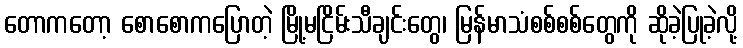
တောကတော့ စောစောကပြောတဲ့ မြို့မငြိမ်းသီချင်းတွေ၊ မြန်မာသံစစ်စစ်တွေကို ဆိုခဲ့ပြုခဲ့လို့